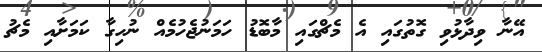
އޭނާ ވިދާޅުވި ގޮތުގައި އެ މެޗްގައި މާބޮޑު ހަމަނުޖެހުމެއް ނުހިގާ ކަމަށާއި މެޗު